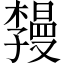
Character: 𪴏